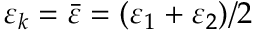
\varepsilon _ { k } = \bar { \varepsilon } = ( \varepsilon _ { 1 } + \varepsilon _ { 2 } ) / 2